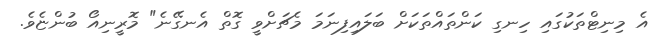
އެ މިނިޓްތަކުގައި ހިނގި ކަންތައްތަކަށް ބަަލައިފިނަމަ މެޗަށްވީ ގޮތް އެނގޭނެ" މޮރީނިއޯ ބުންޏެވެ.